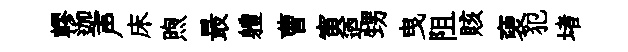
轇迦声床煦最軆曹寅迺甥曳阻賅褏犯堵